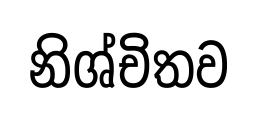
නිශ්චිතව